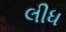
લીધ